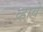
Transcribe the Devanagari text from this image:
व्‍हावे